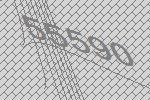
55590